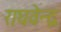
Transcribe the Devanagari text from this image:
राघवेन्‍द्र